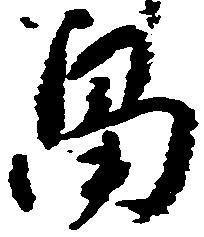
畠